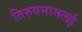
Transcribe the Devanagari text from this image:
तिरुवनामलई